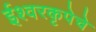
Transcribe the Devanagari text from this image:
ईश्वरकृपेचे